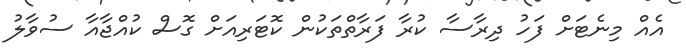
އެއް މިނެޓަށް ފަހު ދިރާސާ ކުރާ ފަރާތްތަކުން ކޮޓަރިއަށް ގޮސް ކުއްޖާއާ ސުވާލު